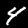
Label: 4